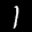
Label: 1